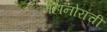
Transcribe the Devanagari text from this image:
महानोरांची